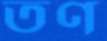
তণ